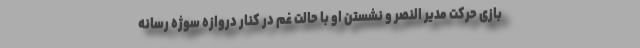
بازی حرکت مدیر النصر و نشستن او با حالت غم در کنار دروازه سوژه رسانه